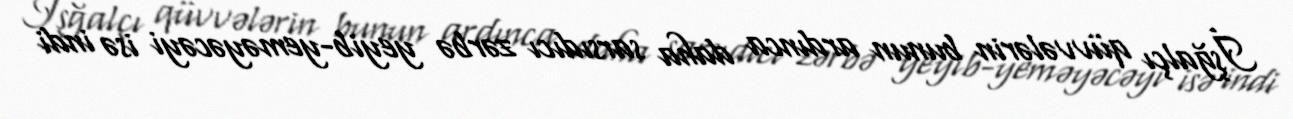
İşğalçı qüvvələrin bunun ardınca daha sarsıdıcı zərbə yeyib-yeməyəcəyi isə indi